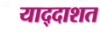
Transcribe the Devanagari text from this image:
याद्दाशत